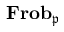
\mathbf { F r o b } _ { \mathfrak { p } }